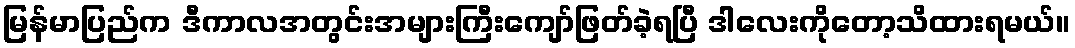
မြန်မာပြည်က ဒီကာလအတွင်းအများကြီးကျော်ဖြတ်ခဲ့ရပြီ ဒါလေးကိုတော့သိထားရမယ်။